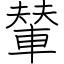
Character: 輦